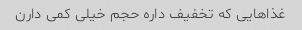
غذاهایی که تخفیف داره حجم خیلی کمی دارن